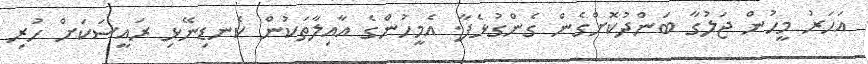
އަހަރު މީހުން ޖަލުގާ ބަންދުކޮށްގެން ގެންގުޅެފާ. އެމީހުންގެ އާއިލާތަކުން ކެނޑިނޭޅި ރައީސަކަށް ހުރި